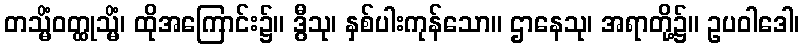
တသ္မိံဝတ္ထုသ္မိံ၊ ထိုအကြောင်း၌။ ဒွီသု၊ နှစ်ပါးကုန်သော။ ဌာနေသု၊ အရာတို့၌။ ဥပဝါဒေါ၊